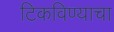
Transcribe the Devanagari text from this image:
टिकविण्याचा